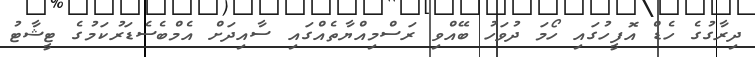
ދިރާގުގެ ހެޑް އޮފީހުގައި ހޯމަ ދުވަހު ބޭއްވި ރަސްމިއްޔާތެއްގަައި ސާއިދަށް އެމްބެސެޑަރުކަމުގެ ޓީޝާޓު